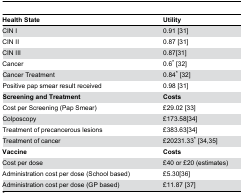
<table><thead><tr><td><b>Health State</b></td><td><b>Utility</b></td></tr></thead><tbody><tr><td>CIN I</td><td>0.91 [31]</td></tr><tr><td>CIN II</td><td>0.87 [31]</td></tr><tr><td>CIN III</td><td>0.87[31]</td></tr><tr><td>Cancer</td><td>0.6* [32]</td></tr><tr><td>Cancer Treatment</td><td>0.84* [32]</td></tr><tr><td>Positive pap smear result received</td><td>0.98 [31]</td></tr><tr><td><b>Screening and Treatment</b></td><td><b>Costs</b></td></tr><tr><td>Cost per Screening (Pap Smear)</td><td>£29.02 [33]</td></tr><tr><td>Colposcopy</td><td>£173.58[34]</td></tr><tr><td>Treatment of precancerous lesions</td><td>£383.63[34]</td></tr><tr><td>Treatment of cancer</td><td>£20231.33* [34,35]</td></tr><tr><td><b>Vaccine</b></td><td><b>Costs</b></td></tr><tr><td>Cost per dose</td><td>£40 or £20 (estimates)</td></tr><tr><td>Administration cost per dose (School based)</td><td>£5.30[36]</td></tr><tr><td>Administration cost per dose (GP based)</td><td>£11.87 [37]</td></tr></tbody></table>